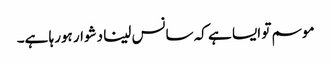
موسم تو ایسا ہے کہ سانس لینا دشوار ہورہا ہے۔